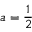
a = { \frac { 1 } { 2 } }